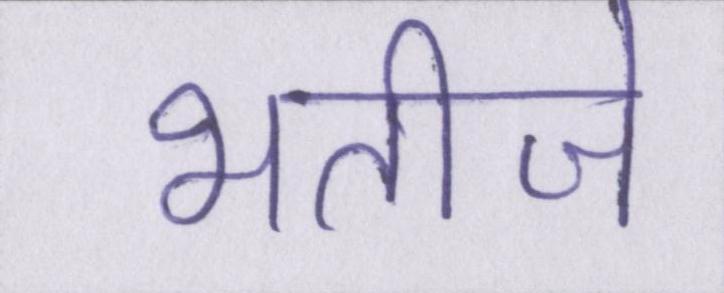
भतीजे